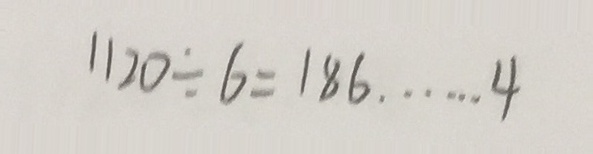
1 1 2 0 \div 6 = 1 8 6 \cdots 4